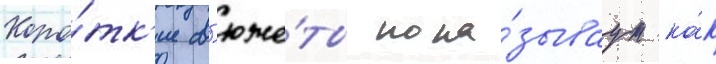
Коро́тк'ие с'юже́ты пока́зываут ка́к